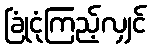
ခြုံငုံကြည့်လျှင်